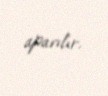
aparılır.